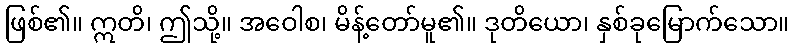
ဖြစ်၏။ ဣတိ၊ ဤသို့။ အဝေါစ၊ မိန့်တော်မူ၏။ ဒုတိယော၊ နှစ်ခုမြောက်သော။